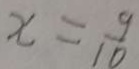
x = \frac { 9 } { 1 0 }